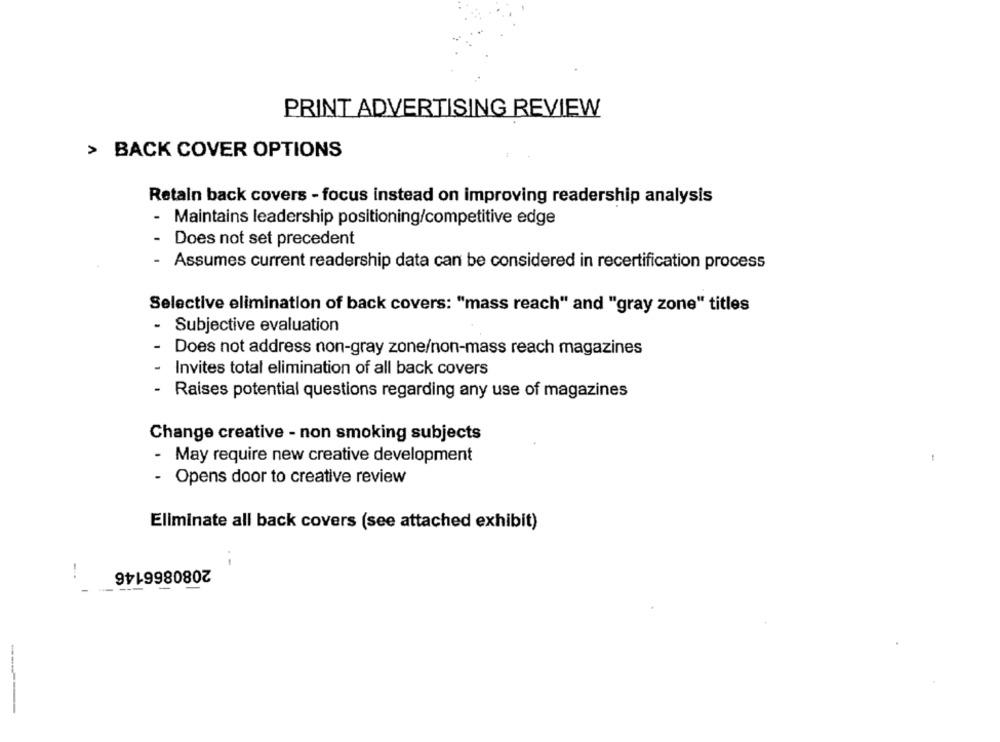
PRINT ADVERTISING REVIEW
> BACK COVER OPTIONS
Retain back covers - focus instead on improving readership analysis
- Maintains leadership positioning/competitive edge
- Does not set precedent
-
Assumes current readership data can be considered in recertification process
Selective elimination of back covers: "mass reach" and "gray zone" titles
-
Subjective evaluation
Does not address non-gray zone/non-mass reach magazines
Invites total elimination of all back covers
Raises potential questions regarding any use of magazines
Change creative - non smoking subjects
- May require new creative development
- Opens door to creative review
Eliminate all back covers (see attached exhibit)
2080866146